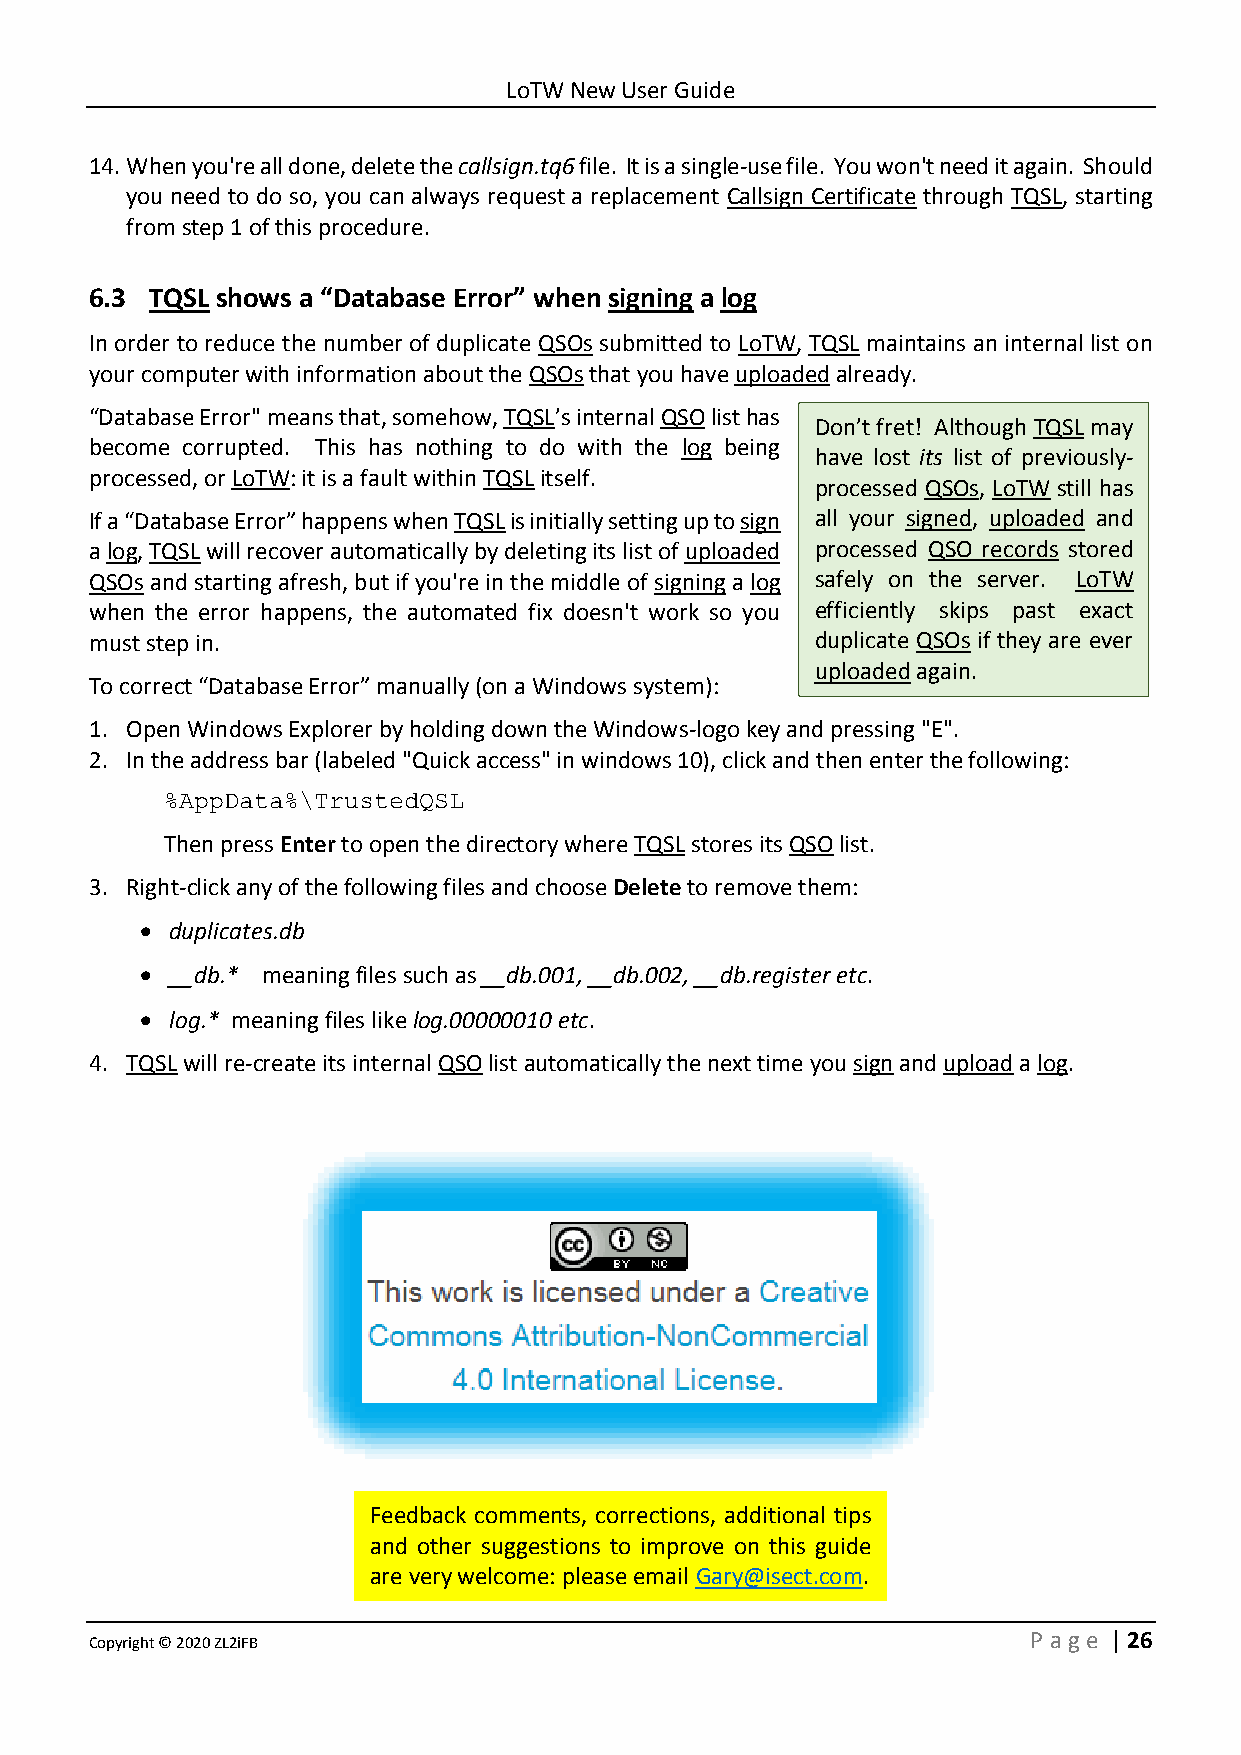
LoTW New User Guide
 14. When you're all done, delete the callsign.tq6 file. It is a single-use file. You won't need it again. Should
 you need to do so, you can always request a replacement Callsign Certificate through TQSL, starting
 from step 1 of this procedure.
 6.3 TQSL shows a “Database Error” when signing a log
 In order to reduce the number of duplicate QSOs submitted to LoTW, TQSL maintains an internal list on
 your computer with information about the QSOs that you have uploaded already.
 “Database Error" means that, somehow, TQSL’s internal QSO list has
 Don’t fret! Although TQSL may
 become corrupted. This has nothing to do with the log being
 have lost its list of previously-
 processed, or LoTW: it is a fault within TQSL itself.
 processed QSOs, LoTW still has
 If a “Database Error” happens when TQSL is initially setting up to sign all your signed, uploaded and
 a log, TQSL will recover automatically by deleting its list of uploaded processed QSO records stored
 QSOs and starting afresh, but if you're in the middle of signing a log safely on the server. LoTW
 when the error happens, the automated fix doesn't work so you efficiently skips past exact
 must step in.                                   duplicate QSOs if they are ever
 uploaded again.
 To correct “Database Error” manually (on a Windows system):
 1. Open Windows Explorer by holding down the Windows-logo key and pressing "E".
 2. In the address bar (labeled "Quick access" in windows 10), click and then enter the following:
 %AppData%\TrustedQSL
 Then press Enter to open the directory where TQSL stores its QSO list.
 3. Right-click any of the following files and choose Delete to remove them:
 • duplicates.db
 • __db.* meaning files such as __db.001, __db.002, __db.register etc.
 • log.* meaning files like log.00000010 etc.
 4. TQSL will re-create its internal QSO list automatically the next time you sign and upload a log.
 Feedback comments, corrections, additional tips
 and other suggestions to improve on this guide
 are very welcome: please email Gary@isect.com.
 Copyright © 2020 ZL2iFB                                       P age | 26